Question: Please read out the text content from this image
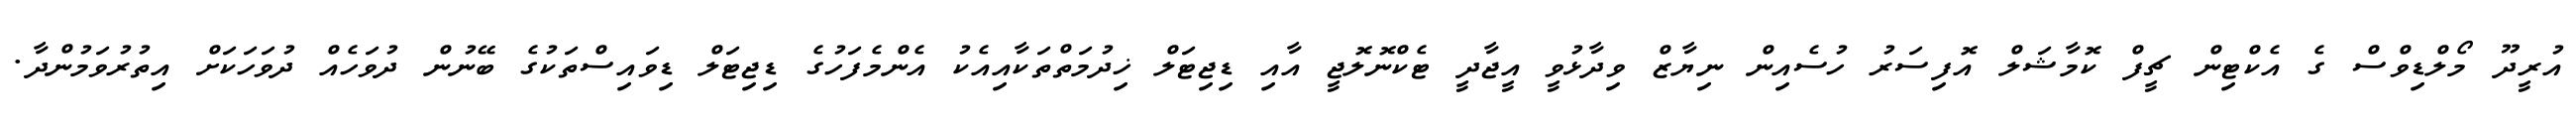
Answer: އުރީދޫ މޯލްޑިވްސް ގެ އެކްޓިން ޗީފް ކޮމާޝަލް އޮފިސަރު ހުސެއިން ނިޔާޒް ވިދާޅުވީ އީޖާދީ ޓެކްނޮލޮޖީ އާއި ޑިޖިޓަލް ޚިދުމަތްތަކާއިއެކު އެންމެފަހުގެ ޑިޖިޓަލް ޑިވައިސްތަކުގެ ބޭނުން ދުވަހެއް ދުވަހަކަށް އިތުރުވަމުންދާ.